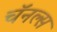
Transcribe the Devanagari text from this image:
चॅनल्स